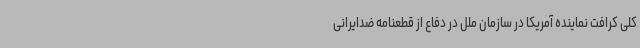
کلی کرافت نماینده آمریکا در سازمان ملل در دفاع از قطعنامه ضدایرانی